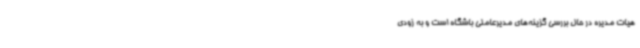
هیات مدیره در حال بررسی گزینه‌های مدیرعاملی باشگاه است و به زودی